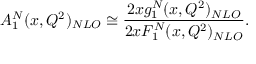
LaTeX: A _ { 1 } ^ { N } ( x , Q ^ { 2 } ) _ { N L O } \cong { \frac { 2 x g _ { 1 } ^ { N } ( x , Q ^ { 2 } ) _ { N L O } } { 2 x F _ { 1 } ^ { N } ( x , Q ^ { 2 } ) _ { N L O } } } .